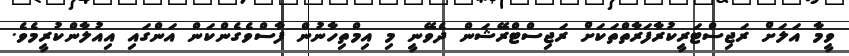
ވީމާ އަލަށް ރަޖިސްޓަރީކުރާފަރާތްތަކަށް ރަޖިސްޓްރޭޝަން ދެވޭނީ މި އިމްތިހާނުން ފާސްވެގެންކަން އަންގައި އިއުލާންކުރީމެވެ.